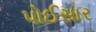
પોઈસાર